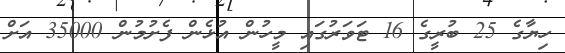
ހިޔާގެ 25 ބުރީގެ 16 ޓަވަރުގައި މީހުން އުޅެން ފެށުމުން 35000 އަށް